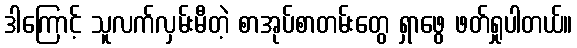
ဒါကြောင့် သူလက်လှမ်းမီတဲ့ စာအုပ်စာတမ်းတွေ ရှာဖွေ ဖတ်ရှုပါတယ်။